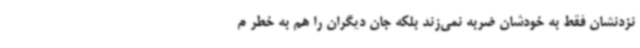
نزدنشان فقط به خودشان ضربه نمی‌زند بلکه جان دیگران را هم به خطر م